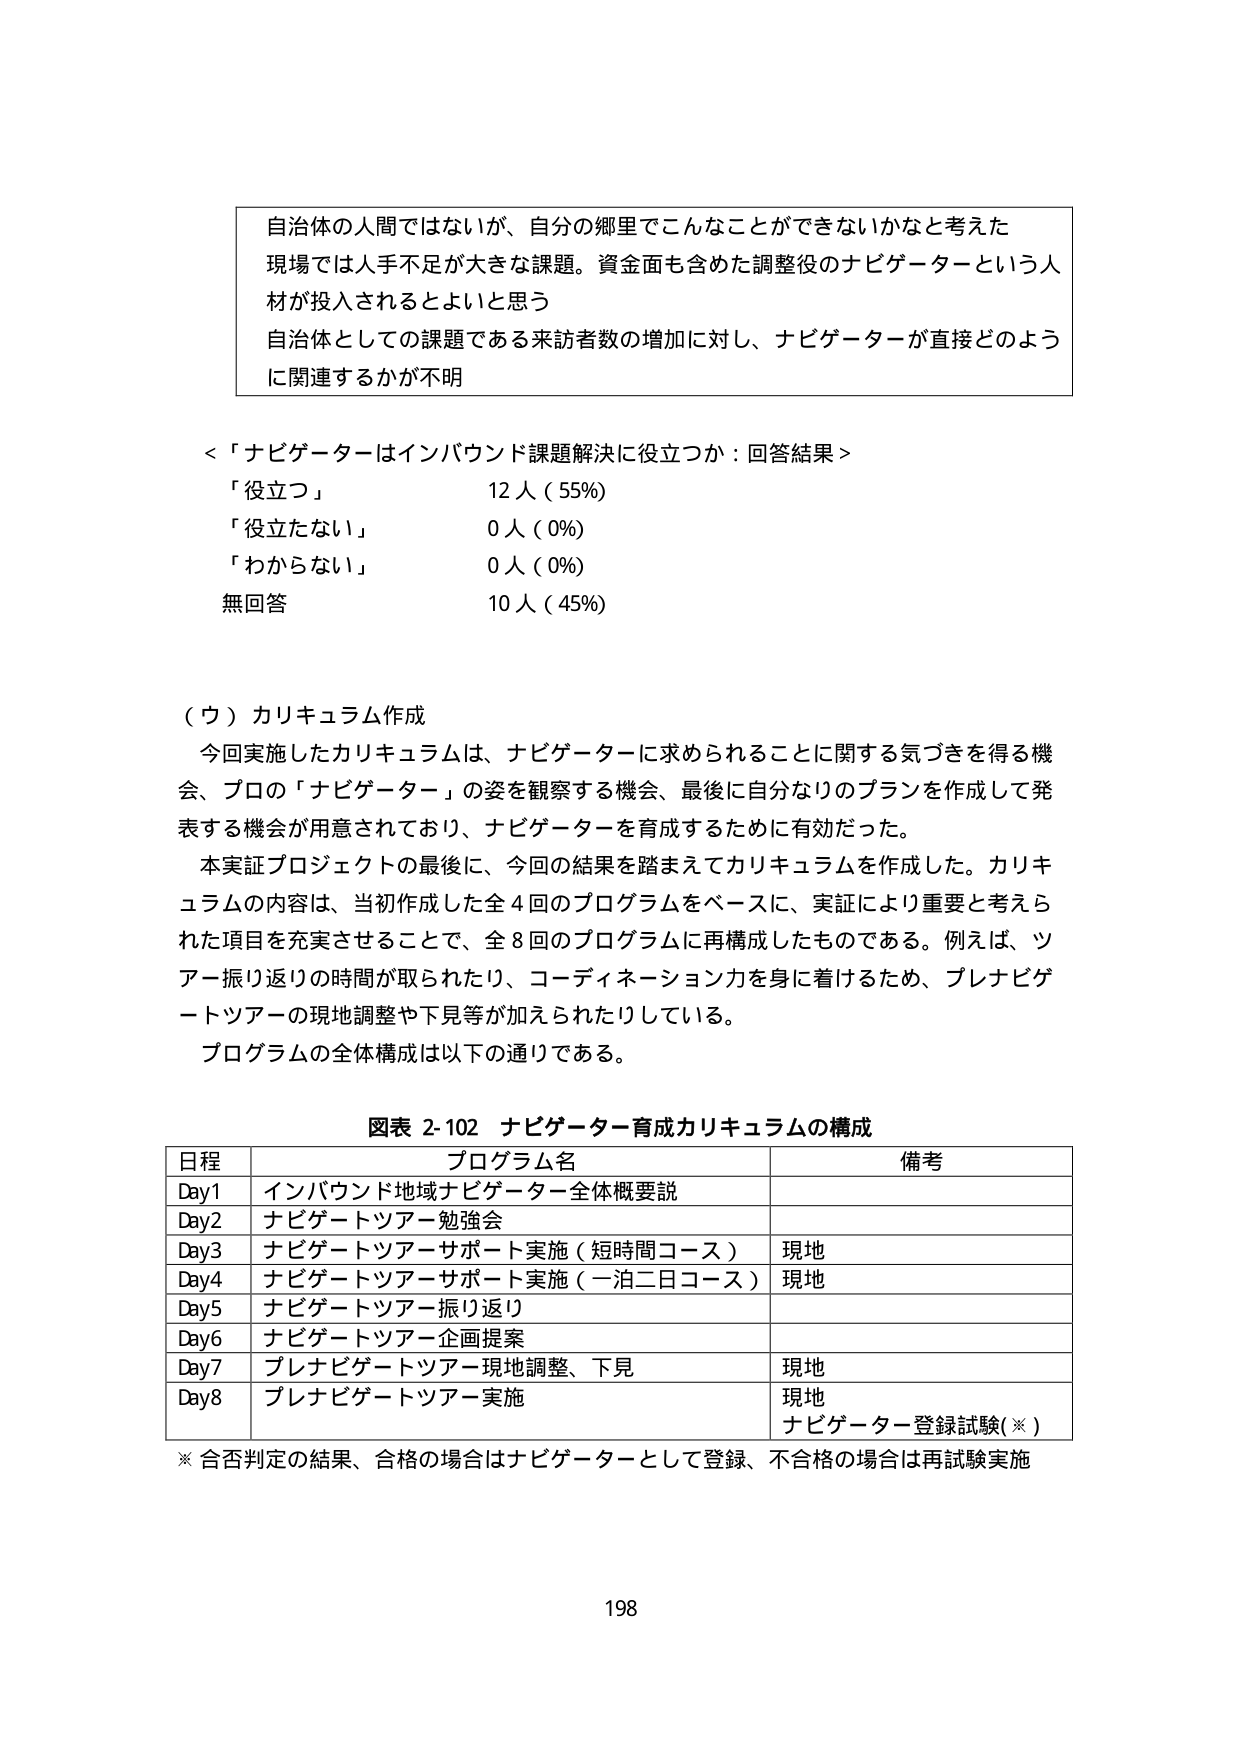
自治体の人間ではないが、自分の郷里でこんなことができないかなと考えた
現場では人手不足が大きな課題。資金面も含めた調整役のナビゲーターという人
材が投入されるとよいと思う
自治体としての課題である来訪者数の増加に対し、ナビゲーターが直接どのように関連するかが不明

＜「ナビゲーターはインバウンド課題解決に役立つか：回答結果＞
「役立つ」 12人（55%）
「役立たない」 0人（0%）
「わからない」 0人（0%）
無回答 10人（45%）

（ウ）カリキュラム作成
今回実施したカリキュラムは、ナビゲーターに求められることに関する気づきを得る機会、プロの「ナビゲーター」の姿を観察する機会、最後に自分なりのプランを作成して発表する機会が用意されており、ナビゲーターを育成するために有効だった。
本実証プロジェクトの最後に、今回の結果を踏まえてカリキュラムを作成した。カリキュラムの内容は、当初作成した全4回のプログラムをベースに、実証により重要と考えられた項目を充実させることで、全8回のプログラムに再構成したものである。例えば、ツアー振り返りの時間が取られたり、コーディネーション力を身に着けるため、プレナビゲートツアーの現地調整や下見等が加えられたりしている。
プログラムの全体構成は以下の通りである。

図表 2-102 ナビゲーター育成カリキュラムの構成
日程 プログラム名 備考
Day1 インバウンド地域ナビゲーター全体概要説
Day2 ナビゲートツアー勉強会
Day3 ナビゲートツアーサポート実施（短時間コース） 現地
Day4 ナビゲートツアーサポート実施（一泊二日コース） 現地
Day5 ナビゲートツアー振り返り
Day6 ナビゲートツアー企画提案
Day7 プレナビゲートツアー現地調整、下見 現地
Day8 プレナビゲートツアー実施 現地
ナビゲーター登録試験（※）
※ 合否判定の結果、合格の場合はナビゲーターとして登録、不合格の場合は再試験実施

198